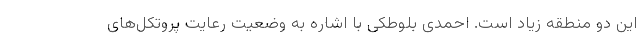
این دو منطقه زیاد است. احمدی بلوطکی با اشاره به وضعیت رعایت پروتکل‌های